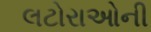
લટોરાઓની